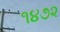
૧૪૭૨